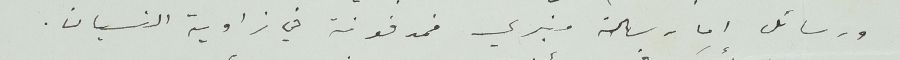
ورسائل اما رسالة منبري فمدفونة في زاوية النسيان.